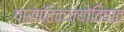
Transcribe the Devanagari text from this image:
पारंपरिकज्योतिषात